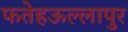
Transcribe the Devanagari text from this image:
फतेहऊल्लापुर